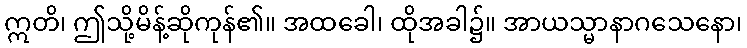
ဣတိ၊ ဤသို့မိန့်ဆိုကုန်၏။ အထခေါ၊ ထိုအခါ၌။ အာယသ္မာနာဂသေနော၊